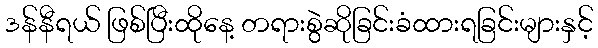
ဒန်နီရယ် ဖြစ်ပြီးထိုနေ့ တရားစွဲဆိုခြင်းခံထားရခြင်းများနှင့်